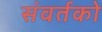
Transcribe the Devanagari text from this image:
संवर्तको